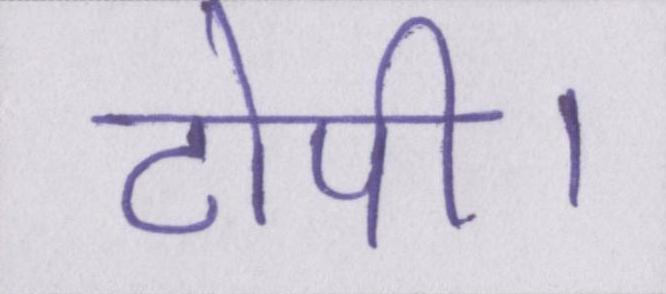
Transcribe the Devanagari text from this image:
टोपी।